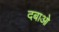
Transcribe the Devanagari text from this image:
दबाओ